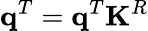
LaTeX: \mathbf{q}^{T}=\mathbf{q}^{T}\mathbf{K}^{R}